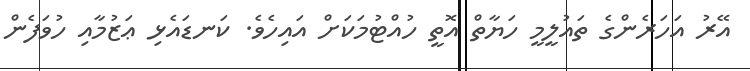
އޭރު އަހަރެންގެ ތައުލީމީ ހަޔާތް އޮތީ ހުއްޓުމަކަށް އައިހެވެ. ކަނޑައެޅި ޢަޒުމާއި ހުވަފެން